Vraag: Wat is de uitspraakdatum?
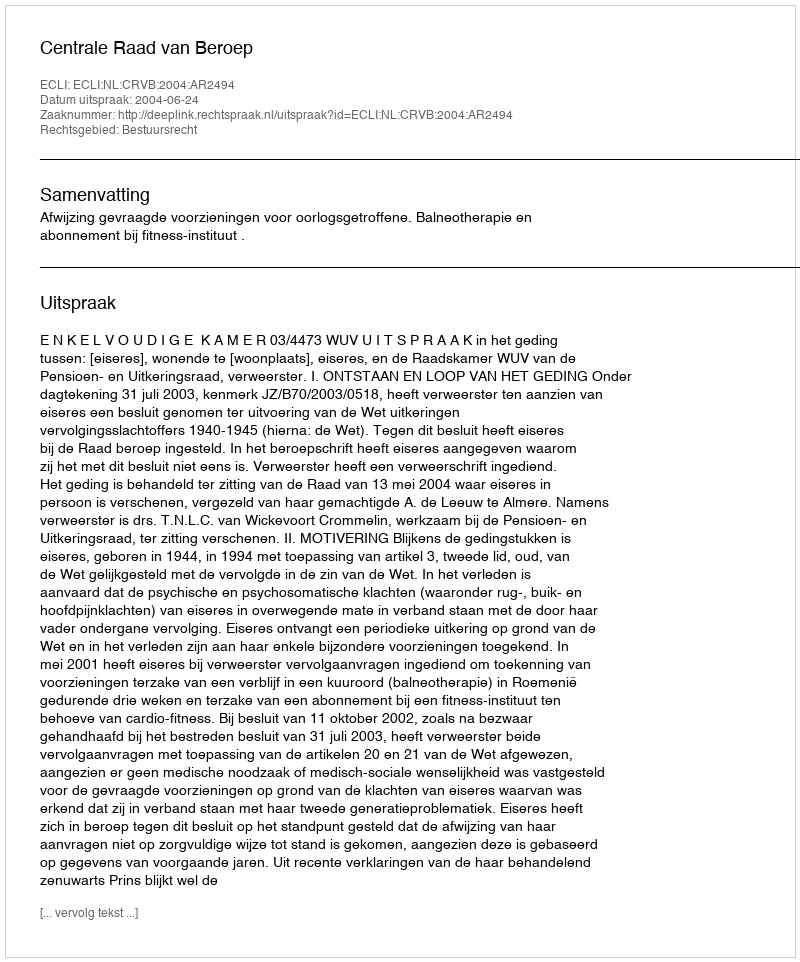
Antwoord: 2004-06-24